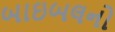
બાઇબલનો